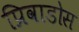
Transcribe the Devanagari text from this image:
प्रिवाडोस